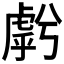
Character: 𱿓